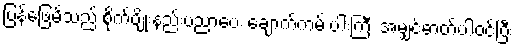
ပြန်ဖြေမိသည် စိုက်ပျိုးနည်းပညာပေး ချောက်ကမ်းပါးကြီး အမျှင်ဓာတ်ပါဝင်ပြီး